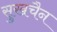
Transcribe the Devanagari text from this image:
सुखचैन